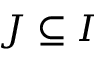
J \subseteq I